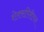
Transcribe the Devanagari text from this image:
शेक्सपिरीयन